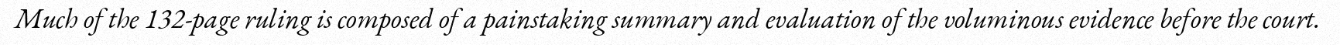
Much of the 132-page ruling is composed of a painstaking summary and evaluation of the voluminous evidence before the court.